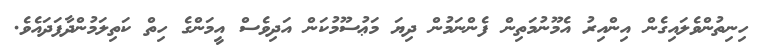
ހިނިތުންވެލައިގެން އިންއިރު އެމޫނުމަތިން ފެންނަމުން ދިޔަ މަޢުސޫމުކަން އަދިވެސް އީމަންގެ ހިތް ކަތިލަމުންދާފަދައެވެ.